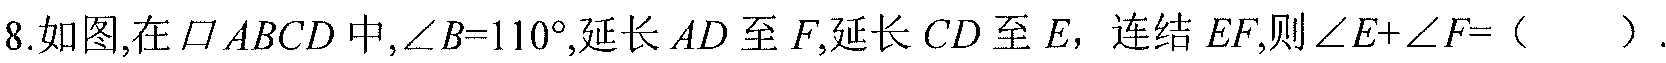
8. 如图,在$\square ABCD$中,$\angle B = 110^{\circ}$,延长$AD$至$F$,延长$CD$至$E$，连结$EF$,则$\angle E+\angle F =$（  ）.